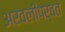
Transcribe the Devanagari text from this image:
अरवलीपर्वत